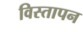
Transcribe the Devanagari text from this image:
विस्तापन